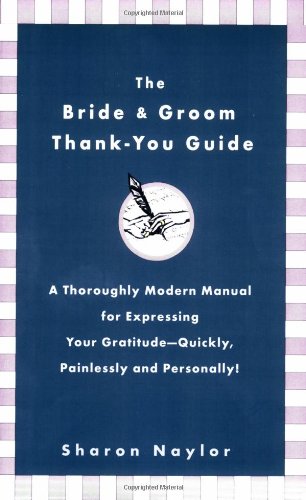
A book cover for The Bride & Groom Thank-You Guide: A Thoroughly Modern Manual for Expressing Your Gratitude-Quickly, Painlessly andPersonally!; Sharon Naylor; Crafts, Hobbies & Home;